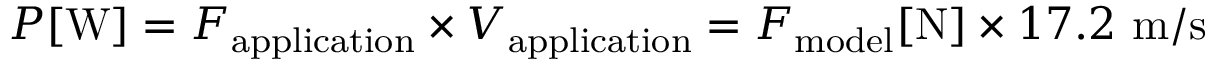
P [ \mathrm { W } ] = F _ { \mathrm { a p p l i c a t i o n } } \times V _ { \mathrm { a p p l i c a t i o n } } = F _ { \mathrm { m o d e l } } [ \mathrm { N } ] \times 1 7 . 2 \ \mathrm { m / s }